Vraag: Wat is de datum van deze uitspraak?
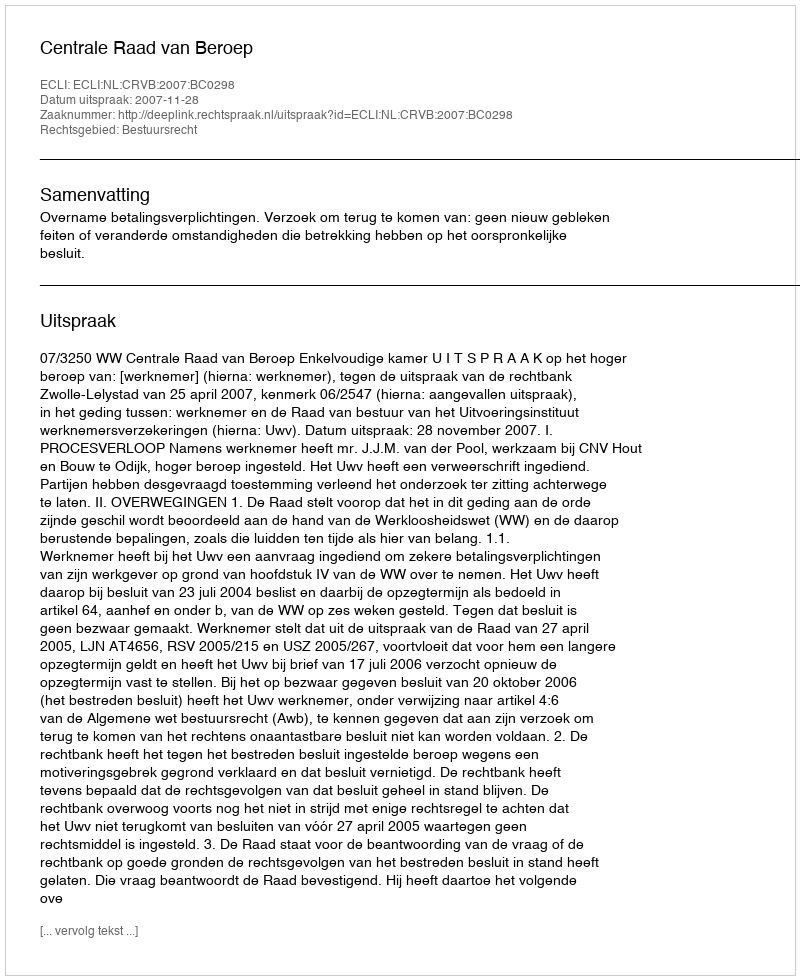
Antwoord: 2007-11-28